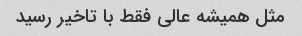
مثل همیشه عالی فقط با تاخیر رسید